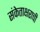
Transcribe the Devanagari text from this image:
संकेताक्षराची